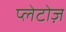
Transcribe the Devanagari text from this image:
प्लेटोज़